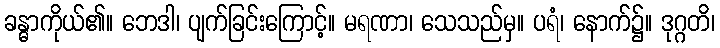
ခန္ဓာကိုယ်၏။ ဘေဒါ၊ ပျက်ခြင်းကြောင့်။ မရဏာ၊ သေသည်မှ။ ပရံ၊ နောက်၌။ ဒုဂ္ဂတိ၊